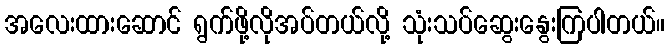
အလေးထားဆောင် ရွက်ဖို့လိုအပ်တယ်လို့ သုံးသပ်ဆွေးနွေးကြပါတယ်။